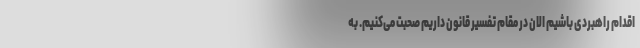
اقدام راهبردی باشیم الان در مقام تفسیر قانون داریم صحبت می‌کنیم. به